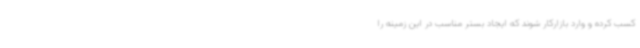
کسب کرده و وارد بازارکار شوند که ایجاد بستر مناسب در این زمینه را